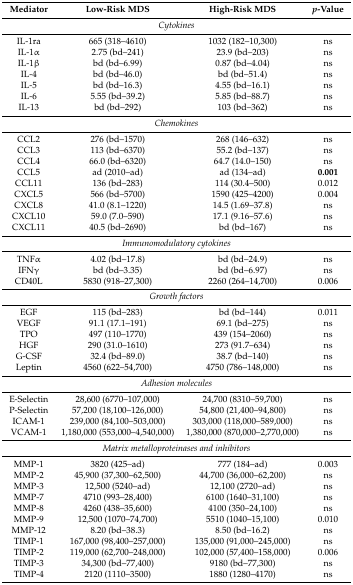
<table><thead><tr><td><b>Mediator</b></td><td><b>Low-Risk MDS</b></td><td><b>High-Risk MDS</b></td><td><b><i>p</i>-Value</b></td></tr></thead><tbody><tr><td colspan="4"><i>Cytokines</i></td></tr><tr><td>IL-1ra</td><td>665 (318–4610)</td><td>1032 (182–10,300)</td><td>ns</td></tr><tr><td>IL-1α</td><td>2.75 (bd–241)</td><td>23.9 (bd–203)</td><td>ns</td></tr><tr><td>IL-1β</td><td>bd (bd–6.99)</td><td>0.87 (bd–4.04)</td><td>ns</td></tr><tr><td>IL-4</td><td>bd (bd–46.0)</td><td>bd (bd–51.4)</td><td>ns</td></tr><tr><td>IL-5</td><td>bd (bd–16.3)</td><td>4.55 (bd–16.1)</td><td>ns</td></tr><tr><td>IL-6</td><td>5.55 (bd–39.2)</td><td>5.85 (bd–88.7)</td><td>ns</td></tr><tr><td>IL-13</td><td>bd (bd–292)</td><td>103 (bd–362)</td><td>ns</td></tr><tr><td colspan="4"><i>Chemokines</i></td></tr><tr><td>CCL2</td><td>276 (bd–1570)</td><td>268 (146–632)</td><td>ns</td></tr><tr><td>CCL3</td><td>113 (bd–6370)</td><td>55.2 (bd–137)</td><td>ns</td></tr><tr><td>CCL4</td><td>66.0 (bd–6320)</td><td>64.7 (14.0–150)</td><td>ns</td></tr><tr><td>CCL5</td><td>ad (2010–ad)</td><td>ad (134–ad)</td><td><b>0.001</b></td></tr><tr><td>CCL11</td><td>136 (bd–283)</td><td>114 (30.4–500)</td><td>0.012</td></tr><tr><td>CXCL5</td><td>566 (bd–5700)</td><td>1590 (425–4200)</td><td>0.004</td></tr><tr><td>CXCL8</td><td>41.0 (8.1–1220)</td><td>14.5 (1.69–37.8)</td><td>ns</td></tr><tr><td>CXCL10</td><td>59.0 (7.0–590)</td><td>17.1 (9.16–57.6)</td><td>ns</td></tr><tr><td>CXCL11</td><td>40.5 (bd–2690)</td><td>bd (bd–167)</td><td>ns</td></tr><tr><td colspan="4"><i>Immunomodulatory cytokines</i></td></tr><tr><td>TNFα</td><td>4.02 (bd–17.8)</td><td>bd (bd–24.9)</td><td>ns</td></tr><tr><td>IFNγ</td><td>bd (bd–3.35)</td><td>bd (bd–6.97)</td><td>ns</td></tr><tr><td>CD40L</td><td>5830 (918–27,300)</td><td>2260 (264–14,700)</td><td>0.006</td></tr><tr><td colspan="4"><i>Growth factors</i></td></tr><tr><td>EGF</td><td>115 (bd–283)</td><td>bd (bd–144)</td><td>0.011</td></tr><tr><td>VEGF</td><td>91.1 (17.1–191)</td><td>69.1 (bd–275)</td><td>ns</td></tr><tr><td>TPO</td><td>497 (110–1770)</td><td>439 (154–2060)</td><td>ns</td></tr><tr><td>HGF</td><td>290 (31.0–1610)</td><td>273 (91.7–634)</td><td>ns</td></tr><tr><td>G-CSF</td><td>32.4 (bd–89.0)</td><td>38.7 (bd–140)</td><td>ns</td></tr><tr><td>Leptin</td><td>4560 (622–54,700)</td><td>4750 (786–148,000)</td><td>ns</td></tr><tr><td colspan="4"><i>Adhesion molecules</i></td></tr><tr><td>E-Selectin</td><td>28,600 (6770–107,000)</td><td>24,700 (8310–59,700)</td><td>ns</td></tr><tr><td>P-Selectin</td><td>57,200 (18,100–126,000)</td><td>54,800 (21,400–94,800)</td><td>ns</td></tr><tr><td>ICAM-1</td><td>239,000 (84,100–503,000)</td><td>303,000 (118,000–589,000)</td><td>ns</td></tr><tr><td>VCAM-1</td><td>1,180,000 (553,000–4,540,000)</td><td>1,380,000 (870,000–2,770,000)</td><td>ns</td></tr><tr><td colspan="4"><i>Matrix metalloproteinases and inhibitors</i></td></tr><tr><td>MMP-1</td><td>3820 (425–ad)</td><td>777 (184–ad)</td><td>0.003</td></tr><tr><td>MMP-2</td><td>45,900 (37,300–62,500)</td><td>44,700 (36,000–62,200)</td><td>ns</td></tr><tr><td>MMP-3</td><td>12,500 (5240–ad)</td><td>12,100 (2720–ad)</td><td>ns</td></tr><tr><td>MMP-7</td><td>4710 (993–28,400)</td><td>6100 (1640–31,100)</td><td>ns</td></tr><tr><td>MMP-8</td><td>4260 (438–35,600)</td><td>4100 (350–24,100)</td><td>ns</td></tr><tr><td>MMP-9</td><td>12,500 (1070–74,700)</td><td>5510 (1040–15,100)</td><td>0.010</td></tr><tr><td>MMP-12</td><td>8.20 (bd–38.3)</td><td>8.50 (bd–16.2)</td><td>ns</td></tr><tr><td>TIMP-1</td><td>167,000 (98,400–257,000)</td><td>135,000 (91,000–245,000)</td><td>ns</td></tr><tr><td>TIMP-2</td><td>119,000 (62,700–248,000)</td><td>102,000 (57,400–158,000)</td><td>0.006</td></tr><tr><td>TIMP-3</td><td>34,300 (bd–77,400)</td><td>9180 (bd–77,300)</td><td>ns</td></tr><tr><td>TIMP-4</td><td>2120 (1110–3500)</td><td>1880 (1280–4170)</td><td>ns</td></tr></tbody></table>